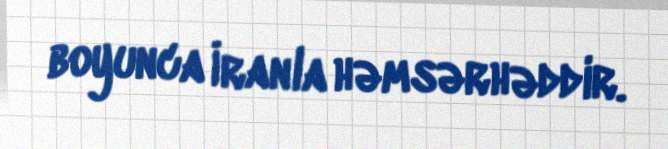
boyunca İranla həmsərhəddir.